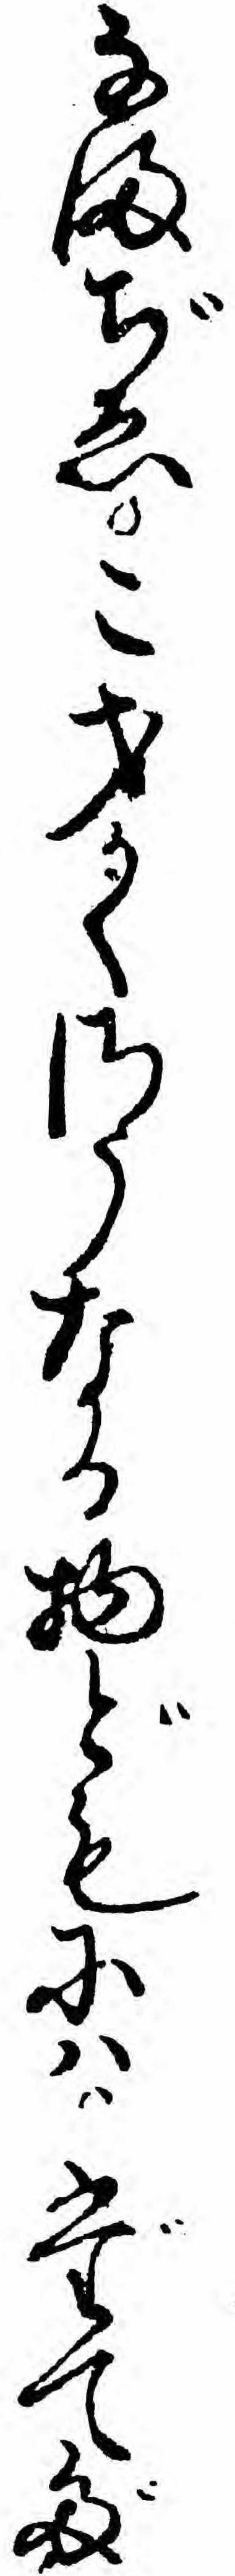
なまぢゑこ才かくさうなる物どもにハだてだ